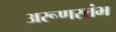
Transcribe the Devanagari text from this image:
अरूणस्तंभ